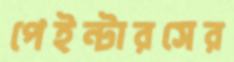
পেইন্টারসের